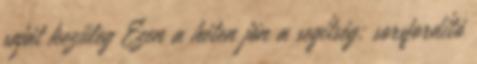
saját kezűleg Ezen a héten jön a segítség: sorsfordító